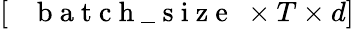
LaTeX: \left[\mathrm{~\texttt~{~b~a~t~c~h~\_ ~s~i~z~e~}~}\times T\times d\right]